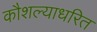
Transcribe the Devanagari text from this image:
कौशल्याधरित